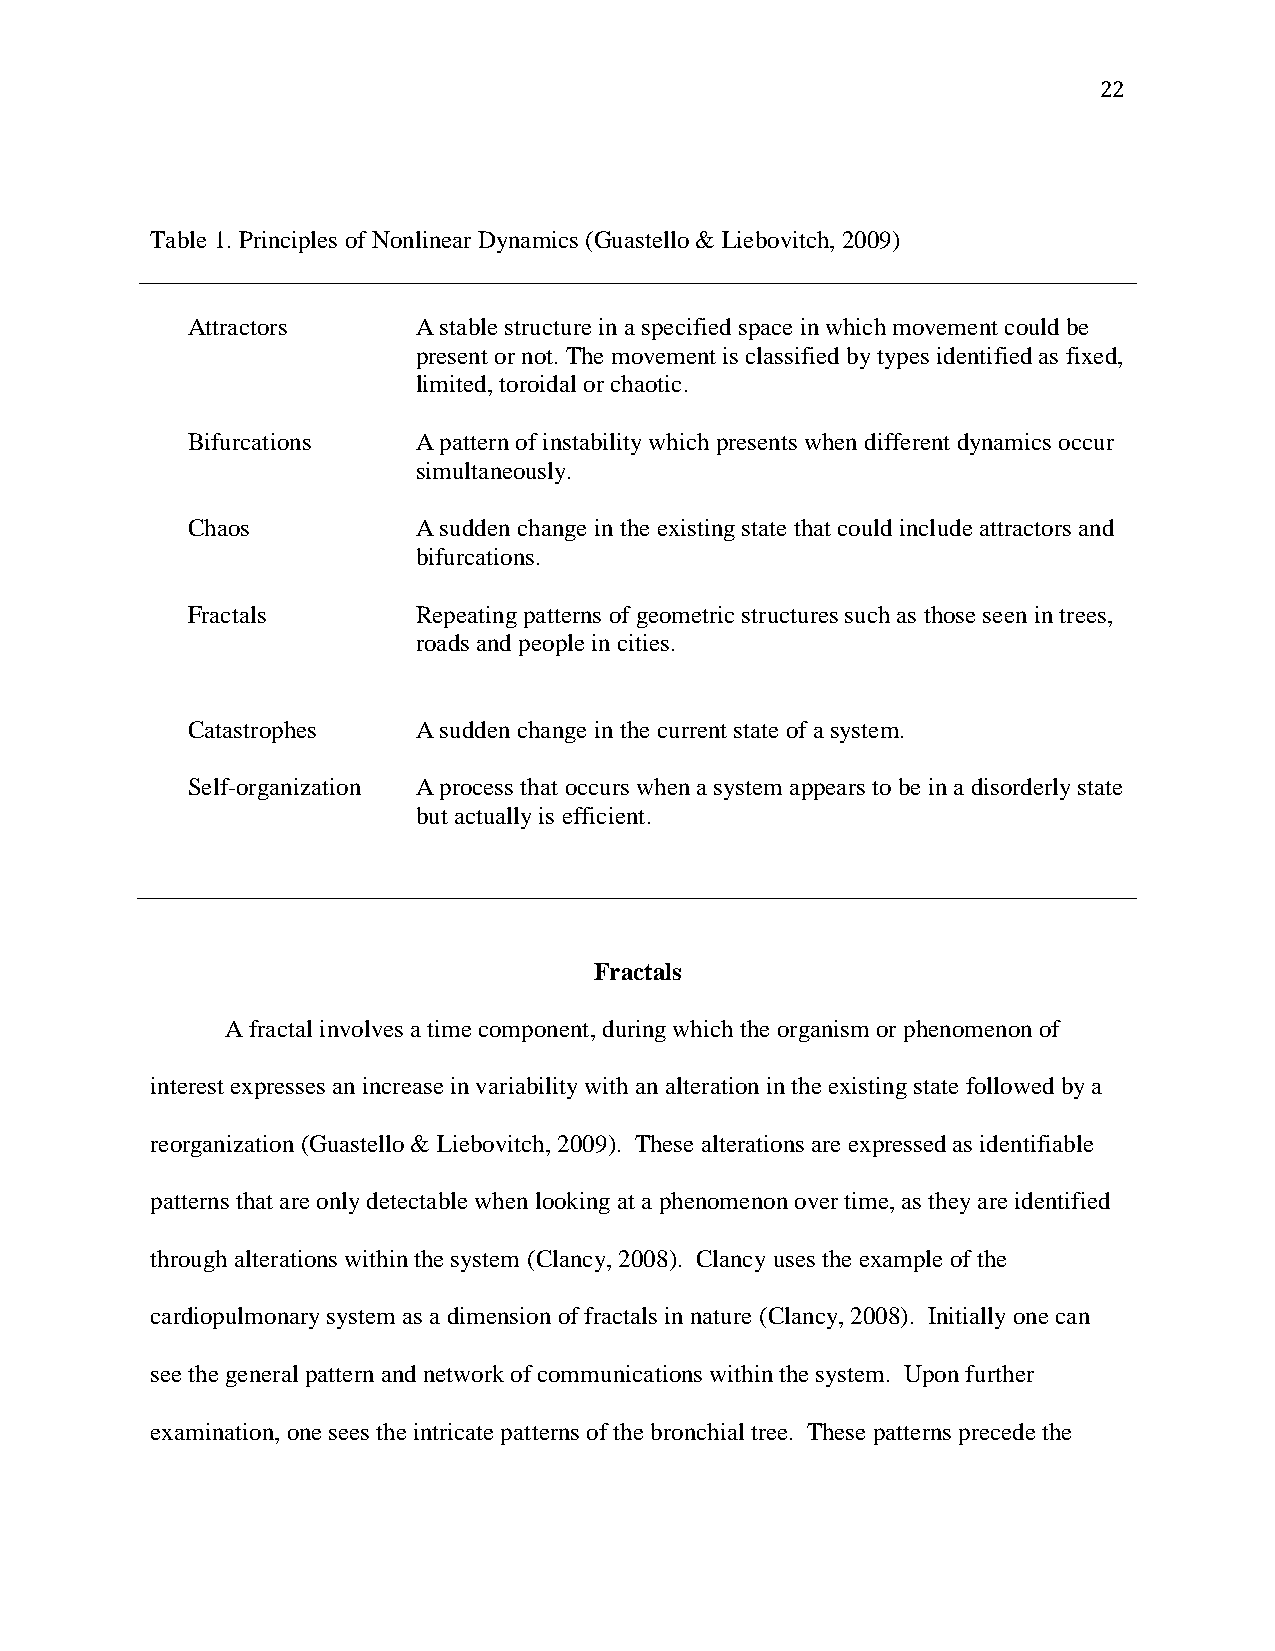
22
 Table 1. Principles of Nonlinear Dynamics (Guastello & Liebovitch, 2009)
 Attractors      A stable structure in a specified space in which movement could be
 present or not. The movement is classified by types identified as fixed,
 limited, toroidal or chaotic.
 Bifurcations    A pattern of instability which presents when different dynamics occur
 simultaneously.
 Chaos           A sudden change in the existing state that could include attractors and
 bifurcations.
 Fractals        Repeating patterns of geometric structures such as those seen in trees,
 roads and people in cities.
 Catastrophes    A sudden change in the current state of a system.
 Self-organization A process that occurs when a system appears to be in a disorderly state
 but actually is efficient.
 Fractals
 A fractal involves a time component, during which the organism or phenomenon of
 interest expresses an increase in variability with an alteration in the existing state followed by a
 reorganization (Guastello & Liebovitch, 2009). These alterations are expressed as identifiable
 patterns that are only detectable when looking at a phenomenon over time, as they are identified
 through alterations within the system (Clancy, 2008). Clancy uses the example of the
 cardiopulmonary system as a dimension of fractals in nature (Clancy, 2008). Initially one can
 see the general pattern and network of communications within the system. Upon further
 examination, one sees the intricate patterns of the bronchial tree. These patterns precede the